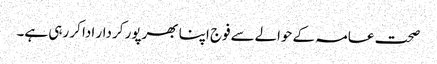
صحت عامہ کےحوالےسےفوج اپنا بھرپور کردار ادا کر رہی ہے۔